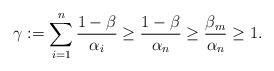
LaTeX: \begin{align*}\gamma:= \sum_{i=1}^n \frac{1-\beta}{\alpha_i} \geq \frac{1-\beta}{\alpha_n} \geq \frac{\beta_m}{\alpha_n} \geq 1.\end{align*}